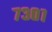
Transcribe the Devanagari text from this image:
७३०१